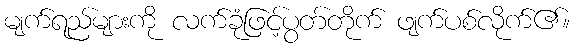
မျက်ရည်များကို လက်ခုံဖြင့်ပွတ်တိုက် ဖျက်ပစ်လိုက်၏။